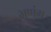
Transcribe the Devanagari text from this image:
भणंग